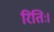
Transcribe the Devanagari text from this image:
रितिः।